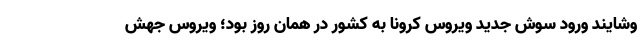
وشایند ورود سوش جدید ویروس کرونا به کشور در همان روز بود؛ ویروس جهش